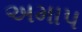
અમાપ